Indian journal of veterinary science and animal husbandry - Volume 11,
Year: 1941
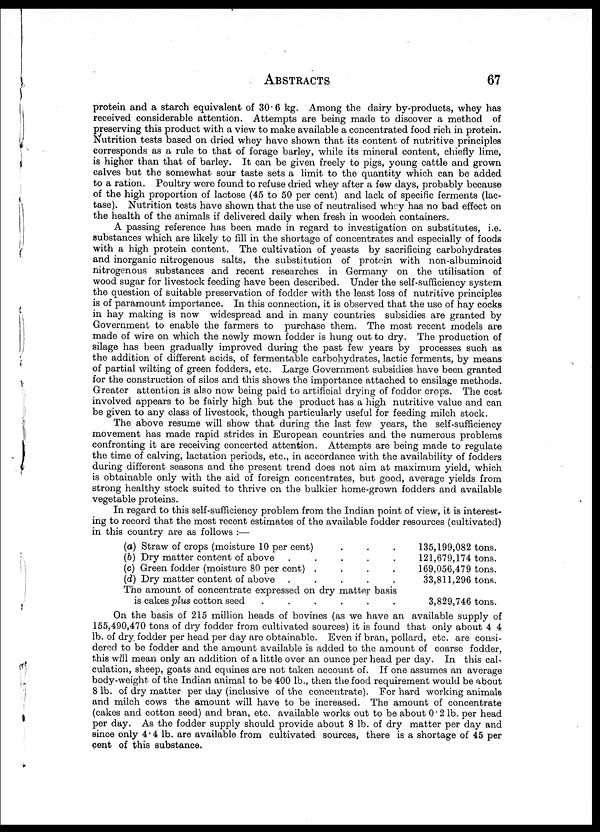
ABSTRACTS
67
protein and a starch equivalent of 30.6 kg. Among the dairy by-products, whey has
received considerable attention. Attempts are being made to discover a method of
preserving this product with a view to make available a concentrated food rich in protein.
Nutrition tests based on dried whey have shown that its content of nutritive principles
corresponds as a rule to that of forage barley, while its mineral content, chiefly lime,
is higher than that of barley. It can be given freely to pigs, young cattle and grown
calves but the somewhat sour taste sets a limit to the quantity which can be added
to a ration. Poultry were found to refuse dried whey after a few days, probably because
of the high proportion of lactose (45 to 50 per cent) and lack of specific ferments (lac-
tase). Nutrition tests have shown that the use of neutralised whey has no bad effect on
the health of the animals if delivered daily when fresh in wooden containers.
A passing reference has been made in regard to investigation on substitutes, i. e.
substances which are likely to fill in the shortage of concentrates and especially of foods
with a high protein content. The cultivation of yeasts by sacrificing carbohydrates
and inorganic nitrogenous salts, the substitution of protein with non-albuminoid
nitrogenous substances and recent researches in Germany on the utilisation of
wood sugar for livestock feeding have been described. Under the self-sufficiency system
the question of suitable preservation of fodder with the least loss of nutritive principles
is of paramount importance. In this connection, it is observed that the use of hay cocks
in hay making is now widespread and in many countries subsidies are granted by
Government to enable the farmers to purchase them. The most recent models are
made of wire on which the newly mown fodder is hung out to dry. The production of
silage has been gradually improved during the past few years by processes such as
the addition of different acids, of fermentable carbohydrates, lactic ferments, by means
of partial wilting of green fodders, etc. Large Government subsidies have been granted
for the construction of silos and this shows the importance attached to ensilage methods.
Greater attention is also now being paid to artificial drying of fodder crops. The cost
involved appears to be fairly high but the product has a high nutritive value and can
be given to any class of livestock, though particularly useful for feeding milch stock.
The above resume will show that during the last few years, the self-sufficiency
movement has made rapid strides in European countries and the numerous problems
confronting it are receiving concerted attention. Attempts are being made to regulate
the time of calving, lactation periods, etc. , in accordance with the availability of fodders
during different seasons and the present trend does not aim at maximum yield, which
is obtainable only with the aid of foreign concentrates, but good, average yields from
strong healthy stock suited to thrive on the bulkier home-grown fodders and available
vegetable proteins.
In regard to this self-sufficiency problem from the Indian point of view, it is interest-
ing to record that the most recent estimates of the available fodder resources (cultivated)
in this country are as follows :—
(a) Straw of crops (moisture 10 per cent) . . .
(b) Dry matter content of above .
.
.
.
.
(c) Green fodder (moisture 80 per cent) .
.
.
.
(d) Dry matter content of above .
.
.
.
.
The amount of concentrate expressed on dry matter basis
is cakes plus cotton seed .
.
.
.
.
.
135,199,082 tons.
121,679,174 tons.
169,056,479 tons.
33,811,296 tons.
3,829,746 tons.
On the basis of 215 million heads of bovines (as we have an available supply of
155,490,470 tons of dry fodder from cultivated sources) it is found that only about 4 4
lb. of dry fodder per head per day are obtainable. Even if bran, pollard, etc. are consi-
dered to be fodder and the amount available is added to the amount of coarse fodder,
this will mean only an addition of a little over an ounce per head per day. In this cal-
culation, sheep, goats and equines are not taken account of. If one assumes an average
body-weight of the Indian animal to be 400 lb. , then the food requirement would be about
8 lb. of dry matter per day (inclusive of the concentrate). For hard working animals
and milch cows the amount will have to be increased. The amount of concentrate
(cakes and cotton seed) and bran, etc. available works out to be about 0.2 lb. per head
per day. As the fodder supply should provide about 8 lb. of dry matter per day and
since only 4.4 lb. are available from cultivated sources, there is a shortage of 45 per
cent of this substance.